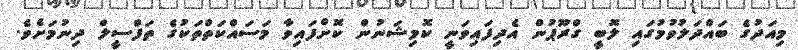
މިއަދުގެ ބައްދަލުވުމުގައި ލޮބީ ގްރޫޕުން އެދިފައިވަނީ ކޮމިޝަނުން ކޮށްފައިވާ މަސައްކަތްތަކުގެ ތަފްސީލް ދިނުމަށެވެ.